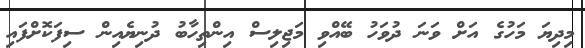
މިދިޔަ މަހުގެ އަށް ވަނަ ދުވަހު ބޭއްވި މަޖިލިސް އިންތިހާބު ދުނިޔެއިން ސިފަކޮށްފައި